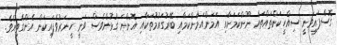
ގޮސްފައިވަނީ ސިއްހީކަންތައްތައް ނޫންކަމަށާއި އަމަންއަމާންކަމާއި ބޭރުގައުމުތަކާއި އޮންނަ ގުޅުންވެސް ވަނީ ހީނަރުވެފައިކަން އެންގެވިއެވެ.